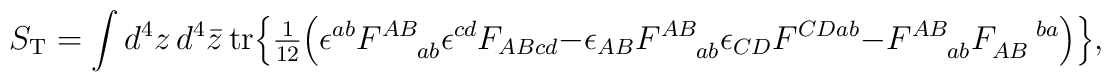
S_{\rm T} = \int d^4z\, d^4\bar{z}\, {\rm tr} \Bigr\{\hbox{$\frac{1}{12}$} \Bigr(\epsilon^{ab} F^{AB}_{\!~~~~ab} \epsilon^{cd} F_{AB cd} -\epsilon_{AB} F^{AB}_{\!~~~~ab} \epsilon_{CD} F^{CD ab} -F^{AB}_{\!~~~~ab} F_{AB}^{\!~~~~ba} \Bigr) \Bigr\},